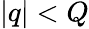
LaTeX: |q|<Q